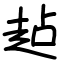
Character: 趈